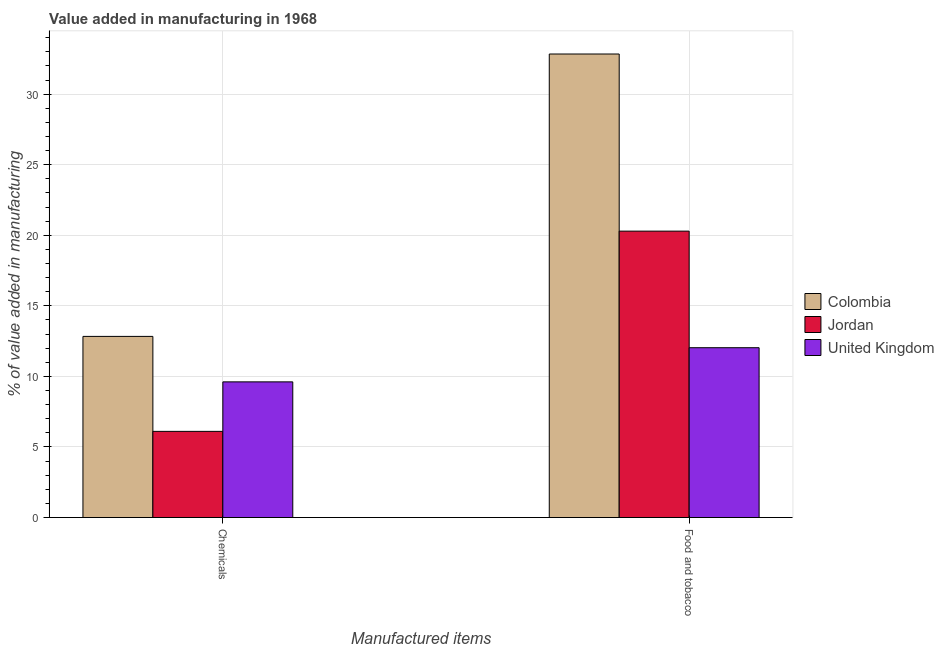
| Manufactured items | Colombia | Jordan | United Kingdom |
 | --- | --- | --- | --- |
 | Chemicals | 12.8 | 6.11 | 9.61 |
 | Food and tobacco | 32.8 | 20.3 | 12 |